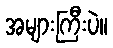
အများကြီးပဲ။